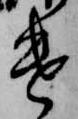
遣